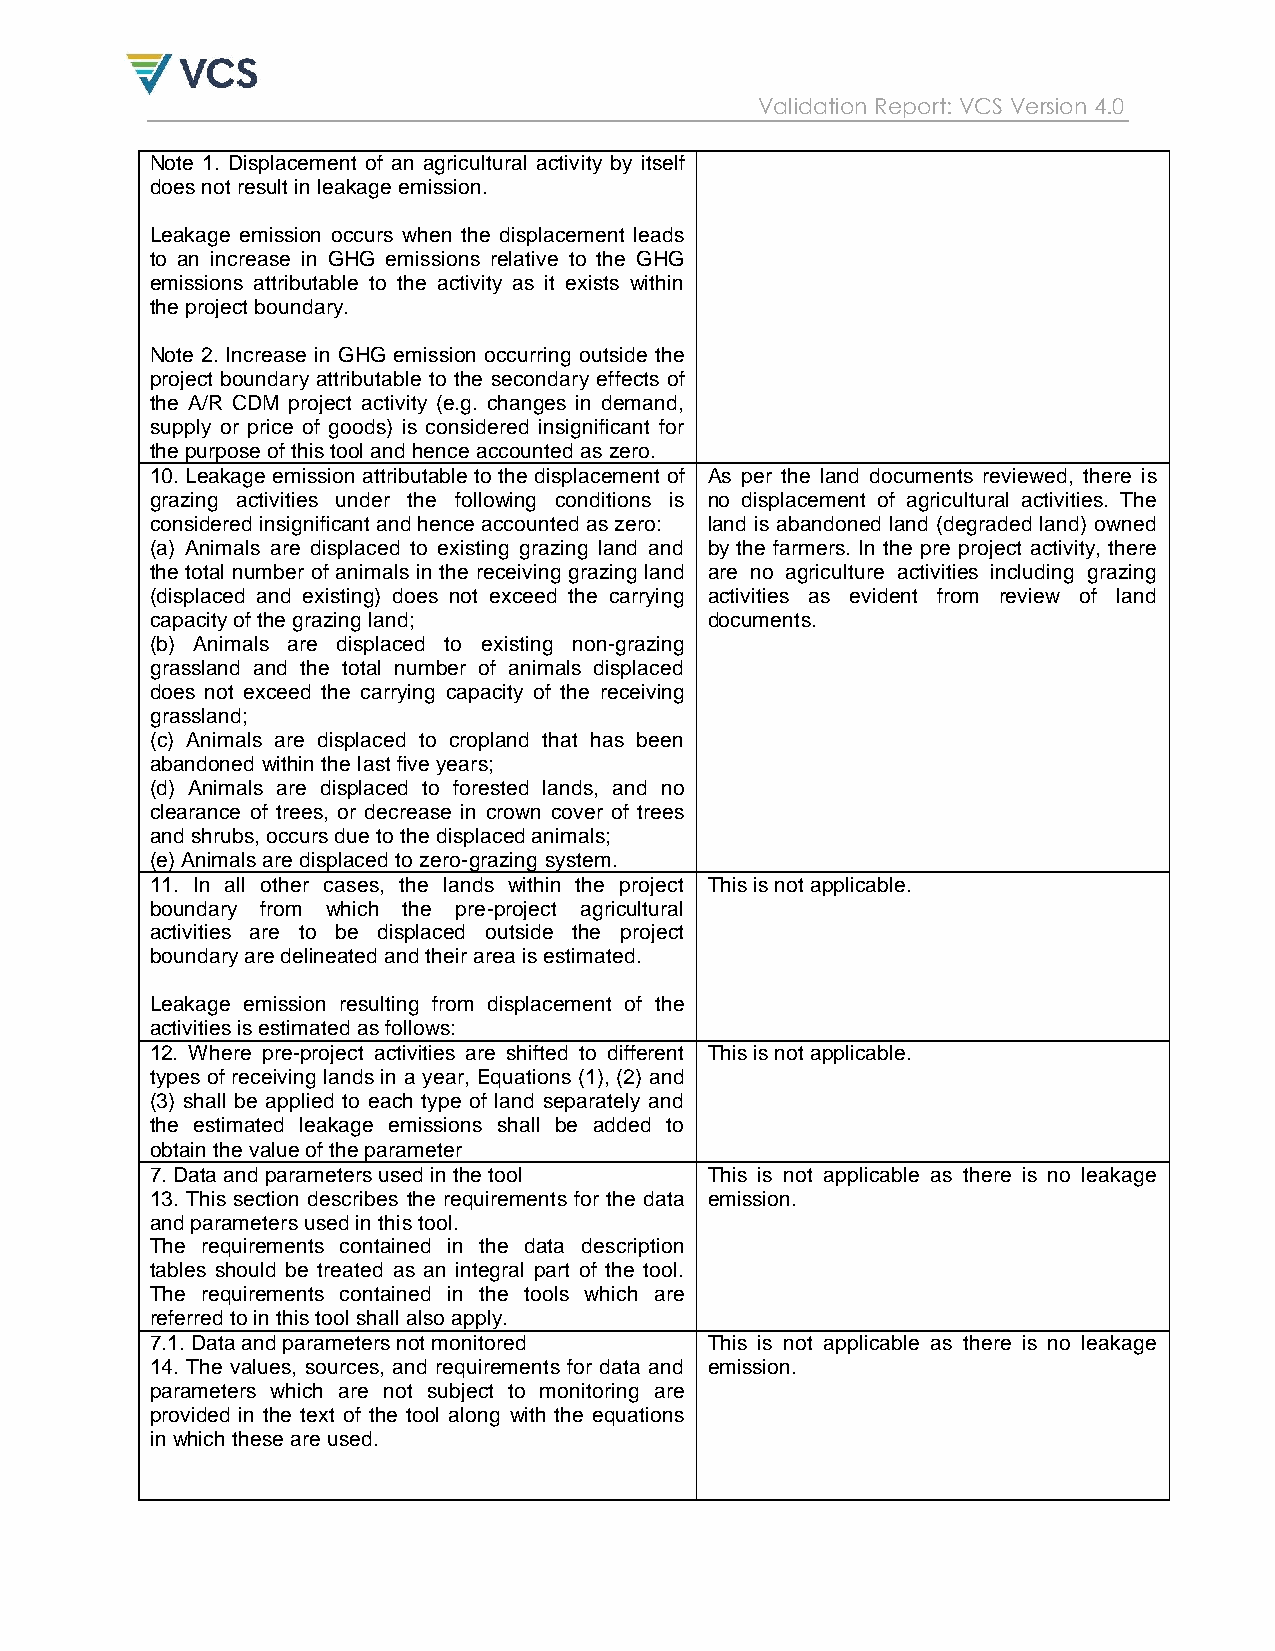
Validation Report: VCS Version 4.0
 Note 1. Displacement of an agricultural activity by itself
 does not result in leakage emission.
 Leakage emission occurs when the displacement leads
 to an increase in GHG emissions relative to the GHG
 emissions attributable to the activity as it exists within
 the project boundary.
 Note 2. Increase in GHG emission occurring outside the
 project boundary attributable to the secondary effects of
 the A/R CDM project activity (e.g. changes in demand,
 supply or price of goods) is considered insignificant for
 the purpose of this tool and hence accounted as zero.
 10. Leakage emission attributable to the displacement of As per the land documents reviewed, there is
 grazing activities under the following conditions is no displacement of agricultural activities. The
 considered insignificant and hence accounted as zero: land is abandoned land (degraded land) owned
 (a) Animals are displaced to existing grazing land and by the farmers. In the pre project activity, there
 the total number of animals in the receiving grazing land are no agriculture activities including grazing
 (displaced and existing) does not exceed the carrying activities as evident from review of land
 capacity of the grazing land;        documents.
 (b) Animals are displaced to existing non-grazing
 grassland and the total number of animals displaced
 does not exceed the carrying capacity of the receiving
 grassland;
 (c) Animals are displaced to cropland that has been
 abandoned within the last five years;
 (d) Animals are displaced to forested lands, and no
 clearance of trees, or decrease in crown cover of trees
 and shrubs, occurs due to the displaced animals;
 (e) Animals are displaced to zero-grazing system.
 11. In all other cases, the lands within the project This is not applicable.
 boundary from which the pre-project agricultural
 activities are to be displaced outside the project
 boundary are delineated and their area is estimated.
 Leakage emission resulting from displacement of the
 activities is estimated as follows:
 12. Where pre-project activities are shifted to different This is not applicable.
 types of receiving lands in a year, Equations (1), (2) and
 (3) shall be applied to each type of land separately and
 the estimated leakage emissions shall be added to
 obtain the value of the parameter
 7. Data and parameters used in the tool This is not applicable as there is no leakage
 13. This section describes the requirements for the data emission.
 and parameters used in this tool.
 The requirements contained in the data description
 tables should be treated as an integral part of the tool.
 The requirements contained in the tools which are
 referred to in this tool shall also apply.
 7.1. Data and parameters not monitored This is not applicable as there is no leakage
 14. The values, sources, and requirements for data and emission.
 parameters which are not subject to monitoring are
 provided in the text of the tool along with the equations
 in which these are used.